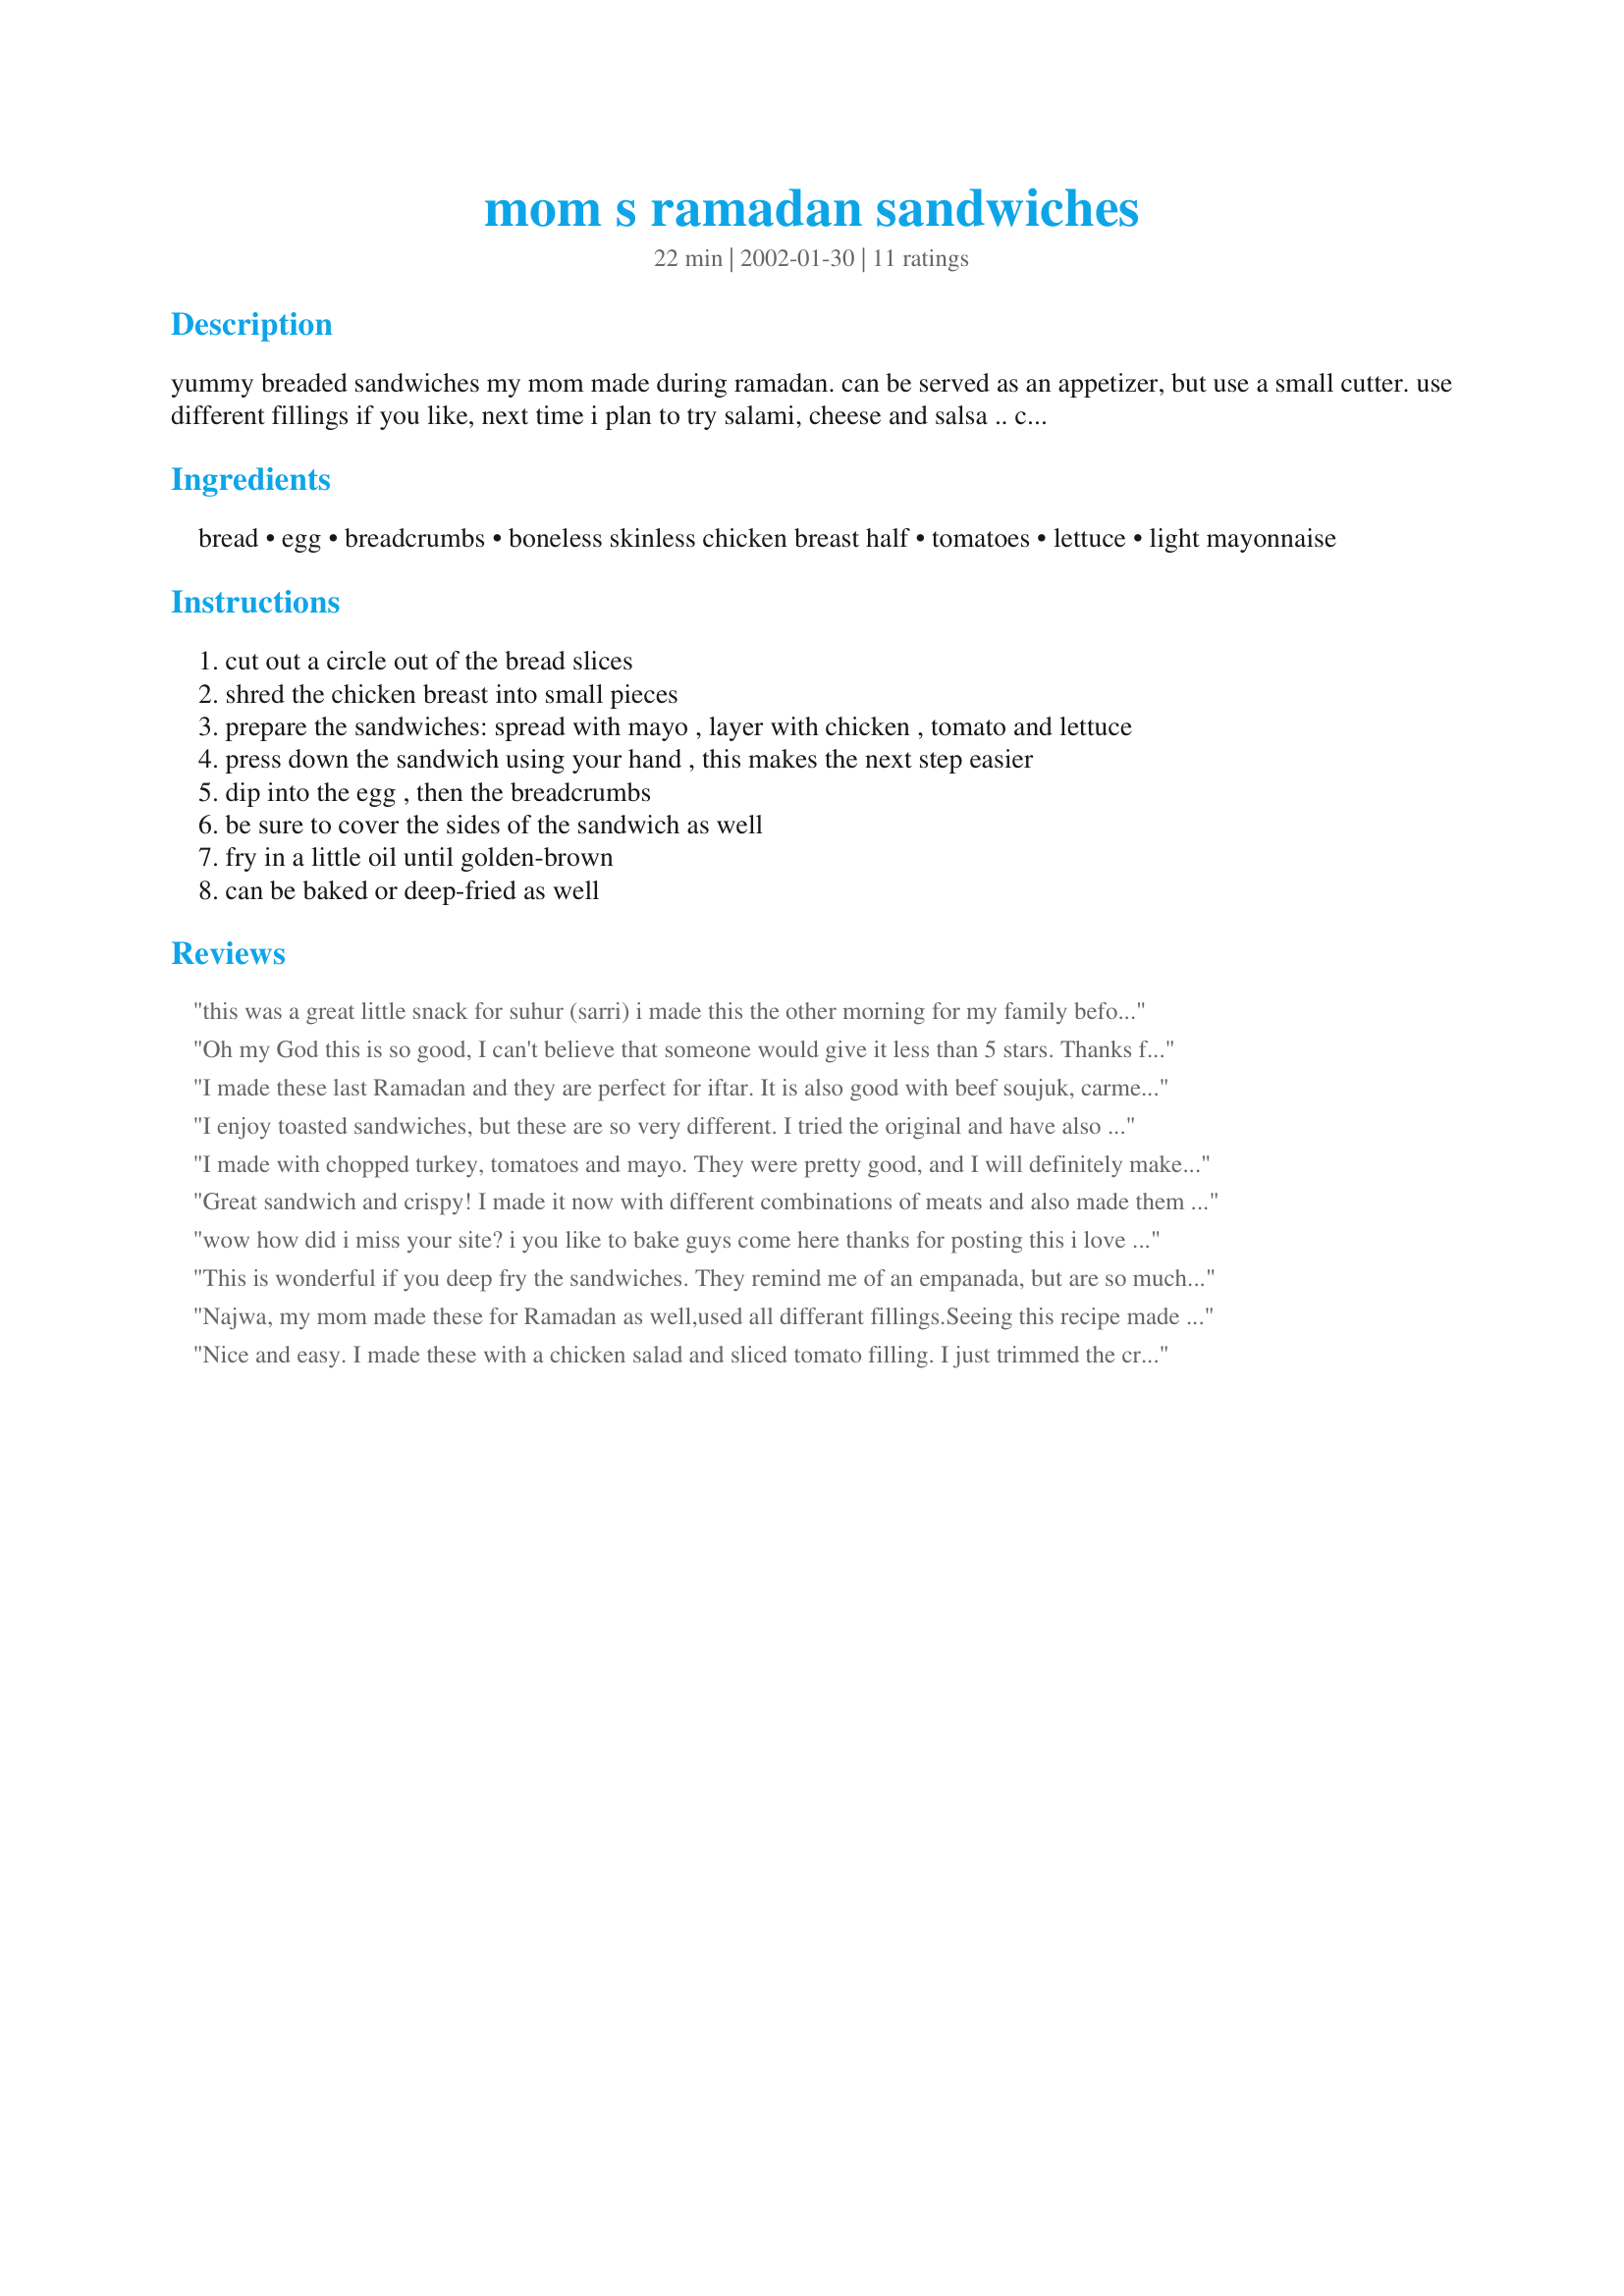
mom s ramadan sandwiches
Preparation time: 22 minutes

yummy breaded sandwiches my mom made during ramadan. can be served as an appetizer, but use a small cutter. use different fillings if you like, next time i plan to try salami, cheese and salsa .. can be fried, baked or broiled, whatever you prefer ..

Ingredients:
bread, egg, breadcrumbs, boneless skinless chicken breast half, tomatoes, lettuce, light mayonnaise

Steps:
cut out a circle out of the bread slices
shred the chicken breast into small pieces
prepare the sandwiches: spread with mayo , layer with chicken , tomato and lettuce
press down the sandwich using your hand , this makes the next step easier
dip into the egg , then the breadcrumbs
be sure to cover the sides of the sandwich as well
fry in a little oil until golden-brown
can be baked or deep-fried as well

Reviews:
this was a great little snack for suhur (sarri) i made this the other morning for my family before sun came up, they loved it. This might not make a great meal but its perfect to breaf your fast during iftar and the best for suhur. I give it a 5/5 thanks.
Oh my God this is so good, I can't believe that someone would give it less than 5 stars. Thanks for sharing
I made these last Ramadan and they are perfect for iftar. It is also good with beef soujuk, carmelized onions, and cheddar cheese.
I enjoy toasted sandwiches, but these are so very different. I tried the original and have also substituted turkey and cranberry sauce for the chicken and mayonnaise, as well as ground ham and mustard.
And they are quite good eaten cold and make an excellent picnic item for children or adults.
I made with chopped turkey, tomatoes and mayo. They were pretty good, and I will definitely make circular grilled sandwiches in the future. They seemed to fry more uniformly without the crusts. It was fun to try, but I donâ€™t think I will be breading the sandwiches in the future.
Great sandwich and crispy! I made it now with different combinations of meats and also made them using cheese. 
Many thanks for posting!
 wow how did i miss your site? i you like to bake guys come here thanks for posting this i love grilled sandwiches and this is a good one
This is wonderful if you deep fry the sandwiches. They remind me of an empanada, but are so much easier. I have made similar sandwiches using biscuit dough, but sliced bread is a much cheaper alternative. I used rotisserie chicken, mayonnaise, steamed broccoli, colby jack cheese, onion, garlic, and salt and pepper. They came out amazing. By the way, I crimped the edges together using a fork to seal in the ingredients before dipping in the egg wash and crumbs. I also added a dash of seasoning salt to the bread crumbs, just for added flavor. Yummmmmmy!!!
Najwa, my mom made these for Ramadan as well,used all differant fillings.Seeing this recipe made me want to bring the memories back,so i made them for her and she was so happy. I loved this :)
Nice and easy. I made these with a chicken salad and sliced tomato filling. I just trimmed the crust off the bread and didn't cut them into rounds. I left out the lettuce because I assumed it would gen a bit limp. After making them I can see I was probably wrong about that. These sandwiches are quite filling. Next time....and their will be a next time...I'll make one per person. This is a lovely technique for making any sandwhich a bit special. Thanks. This is a sure winner.
We used leftover shredded BBQ chicken as well as the other filling suggestions. I liked them and hubby LOVED them. I knew he would as soon as I saw the recipe. He is a major carb addict. I do think I would skip the biscuit cutter next time and just cut off the crusts as another reviewer did. A bigger size sandwich would be nice, and less work for more results is nice too. I would like to know more about if/why this is special for Ramadan. Did you have them other times too, or just then? Thanks for the yummy idea.
